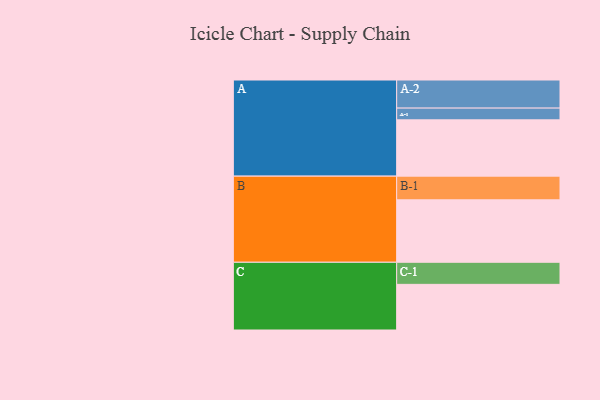
{"axis": {"x": "Segment", "y": "Value"}, "legend": ["", "A", "B", "C"], "data": [{"x": "A", "y": 533, "type": ""}, {"x": "B", "y": 591, "type": ""}, {"x": "C", "y": 432, "type": ""}, {"x": "A-1", "y": 111, "type": "A"}, {"x": "A-2", "y": 266, "type": "A"}, {"x": "B-1", "y": 224, "type": "B"}, {"x": "C-1", "y": 209, "type": "C"}]}